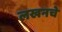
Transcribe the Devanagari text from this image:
लखनचे